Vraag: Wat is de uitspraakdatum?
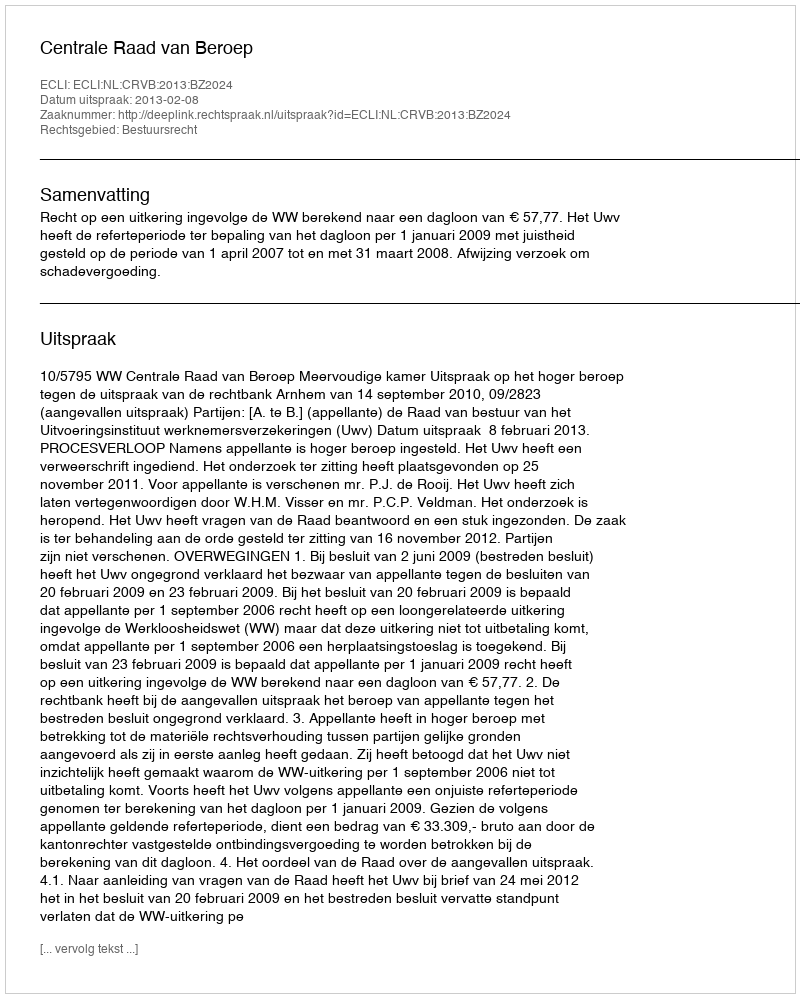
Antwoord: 2013-02-08